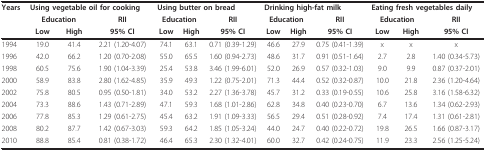
<table><thead><tr><td><b>Years</b></td><td colspan="3"><b>Using vegetable oil for cooking</b></td><td colspan="3"><b>Using butter on bread</b></td><td colspan="3"><b>Drinking high-fat milk</b></td><td colspan="3"><b>Eating fresh vegetables daily</b></td></tr><tr><td></td><td colspan="2"><b>Education</b></td><td><b>RII</b></td><td colspan="2"><b>Education</b></td><td><b>RII</b></td><td colspan="2"><b>Education</b></td><td><b>RII</b></td><td colspan="2"><b>Education</b></td><td><b>RII</b></td></tr><tr><td></td><td><b>Low</b></td><td><b>High</b></td><td><b>95% CI</b></td><td><b>Low</b></td><td><b>High</b></td><td><b>95% CI</b></td><td><b>Low</b></td><td><b>High</b></td><td><b>95% CI</b></td><td><b>Low</b></td><td><b>High</b></td><td><b>95% CI</b></td></tr></thead><tbody><tr><td>1994</td><td>19.0</td><td>41.4</td><td>2.21 (1.20-4.07)</td><td>74.1</td><td>63.1</td><td>0.71 (0.39-1.29)</td><td>46.6</td><td>27.9</td><td>0.75 (0.41-1.39)</td><td>x</td><td>x</td><td>x</td></tr><tr><td>1996</td><td>42.0</td><td>66.2</td><td>1.20 (0.70-2.08)</td><td>55.0</td><td>65.5</td><td>1.60 (0.94-2.73)</td><td>48.6</td><td>31.7</td><td>0.91 (0.51-1.64)</td><td>2.7</td><td>2.8</td><td>1.40 (0.34-5.73)</td></tr><tr><td>1998</td><td>60.5</td><td>75.6</td><td>1.90 (1.04-3.39)</td><td>25.4</td><td>53.8</td><td>3.46 (1.99-6.01)</td><td>52.0</td><td>26.9</td><td>0.57 (0.32-1.03)</td><td>9.0</td><td>9.9</td><td>0.87 (0.37-2.01)</td></tr><tr><td>2000</td><td>58.9</td><td>83.8</td><td>2.80 (1.62-4.85)</td><td>35.9</td><td>49.3</td><td>1.22 (0.75-2.01)</td><td>71.3</td><td>44.4</td><td>0.52 (0.32-0.87)</td><td>10.0</td><td>21.8</td><td>2.36 (1.20-4.64)</td></tr><tr><td>2002</td><td>75.8</td><td>80.5</td><td>0.95 (0.50-1.81)</td><td>34.0</td><td>53.2</td><td>2.27 (1.36-3.78)</td><td>45.7</td><td>31.2</td><td>0.33 (0.19-0.55)</td><td>10.6</td><td>25.8</td><td>3.16 (1.58-6.32)</td></tr><tr><td>2004</td><td>73.3</td><td>88.6</td><td>1.43 (0.71-2.89)</td><td>47.1</td><td>59.3</td><td>1.68 (1.01-2.86)</td><td>62.8</td><td>34.8</td><td>0.40 (0.23-0.70)</td><td>6.7</td><td>13.6</td><td>1.34 (0.62-2.93)</td></tr><tr><td>2006</td><td>77.8</td><td>85.3</td><td>1.29 (0.61-2.75)</td><td>45.4</td><td>63.2</td><td>1.91 (1.09-3.33)</td><td>56.5</td><td>29.4</td><td>0.51 (0.28-0.92)</td><td>7.4</td><td>17.4</td><td>1.31 (0.61-2.81)</td></tr><tr><td>2008</td><td>80.2</td><td>87.7</td><td>1.42 (0.67-3.03)</td><td>59.3</td><td>64.2</td><td>1.85 (1.05-3.24)</td><td>44.0</td><td>24.7</td><td>0.40 (0.22-0.72)</td><td>19.8</td><td>26.5</td><td>1.66 (0.87-3.17)</td></tr><tr><td>2010</td><td>88.8</td><td>85.4</td><td>0.81 (0.38-1.72)</td><td>46.4</td><td>65.3</td><td>2.30 (1.32-4.01)</td><td>60.0</td><td>32.7</td><td>0.42 (0.24-0.75)</td><td>11.9</td><td>23.3</td><td>2.56 (1.25-5.24)</td></tr></tbody></table>